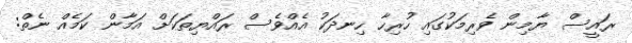
ރައީސް ޔާމިން ވެރިމަކުގައި ހުރިހާ ހިނދަކު އެއްވެސް ރައްޔިތަކަށް އަމާން ކަމެއް ނެތް: